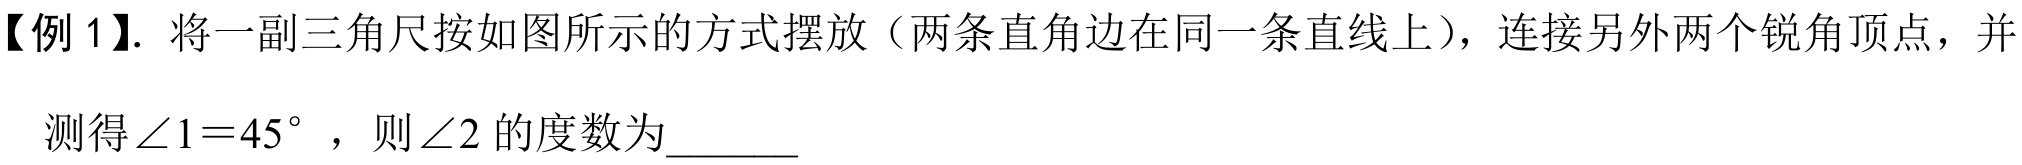
【例 1】. 将一副三角尺按如图所示的方式摆放（两条直角边在同一条直线上），连接另外两个锐角顶点，并测得\(\angle 1 = 45^{\circ}\)，则\(\angle 2\)的度数为\(\underline{\quad\;\;}\)